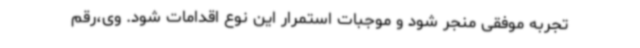
تجربه موفقی منجر شود و موجبات استمرار این نوع اقدامات شود. وی،رقم